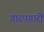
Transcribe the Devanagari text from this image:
गारपगारी